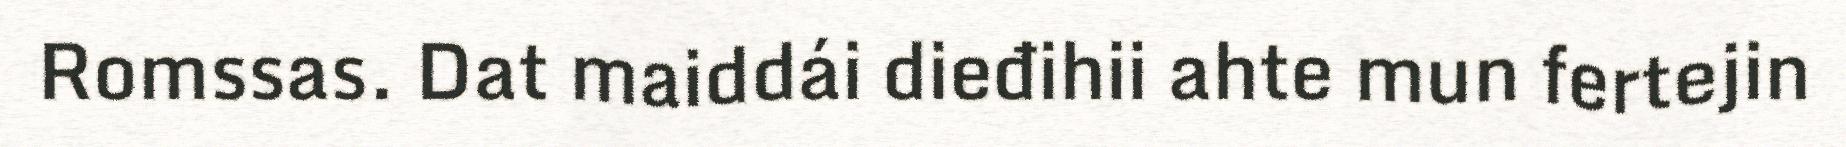
Romssas. Dat maiddái dieđihii ahte mun fertejin